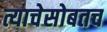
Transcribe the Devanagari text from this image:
त्याचेसोबतच